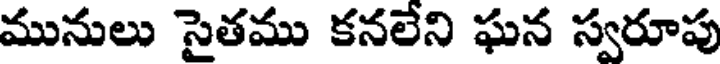
మునులు సైతము కనలేని ఘన స్వరూపు